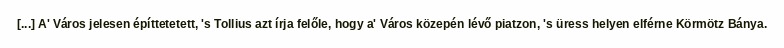
[...] A' Város jelesen építtetetett, 's Tollius azt írja felőle, hogy a' Város közepén lévő piatzon, 's üress helyen elférne Körmötz Bánya.